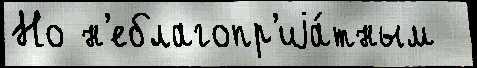
Но н'еблагопр'иjа́тным